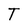
Character: T